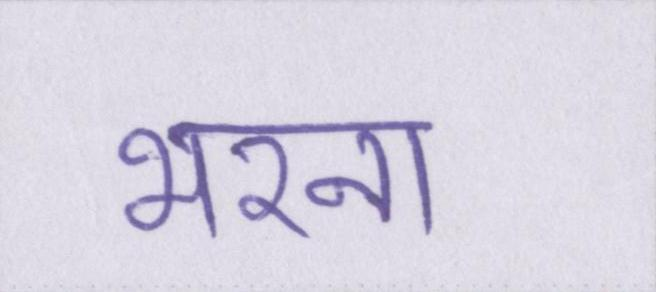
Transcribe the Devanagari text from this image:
भरना